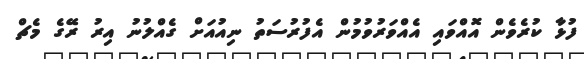
ފުޅާ ކުރެވެން އޮއްވައި އެއްވަރުވުމުން އެފުރުސަތު ނިއުއަށް ގެއްލުނު އިރު ރޭގެ މެޗް